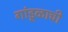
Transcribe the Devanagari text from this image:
गांडूळाची